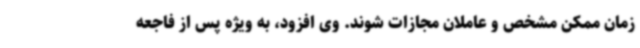
زمان ممکن مشخص و عاملان مجازات شوند. وی افزود، به ویژه پس از فاجعه